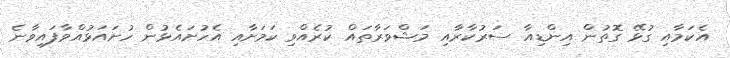
އެކަމާއި ގުޅޭ ގޮތުން އިންޑިއާ ސަރުކާރާއި މަޝްވަރާތައް ކުރެއްވި ކަމަށާއި އެހުށައެޅުން ހުށައަޅުއްވާފައިވާނެ